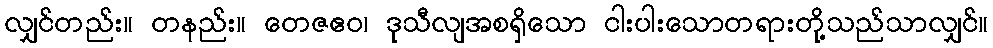
လျှင်တည်း။ တနည်း။ တေဇဧဝ၊ ဒုသီလျအစရှိသော ငါးပါးသောတရားတို့သည်သာလျှင်။